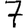
Digit: 7